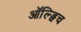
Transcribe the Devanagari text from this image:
ऑल्ड्विच